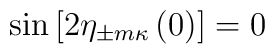
\sin\left[2\eta_{\pm m\kappa}\left(0\right)\right]=0